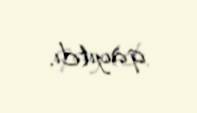
qayıtdı.